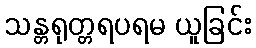
သန္တရုတ္တရပရမ ယူခြင်း